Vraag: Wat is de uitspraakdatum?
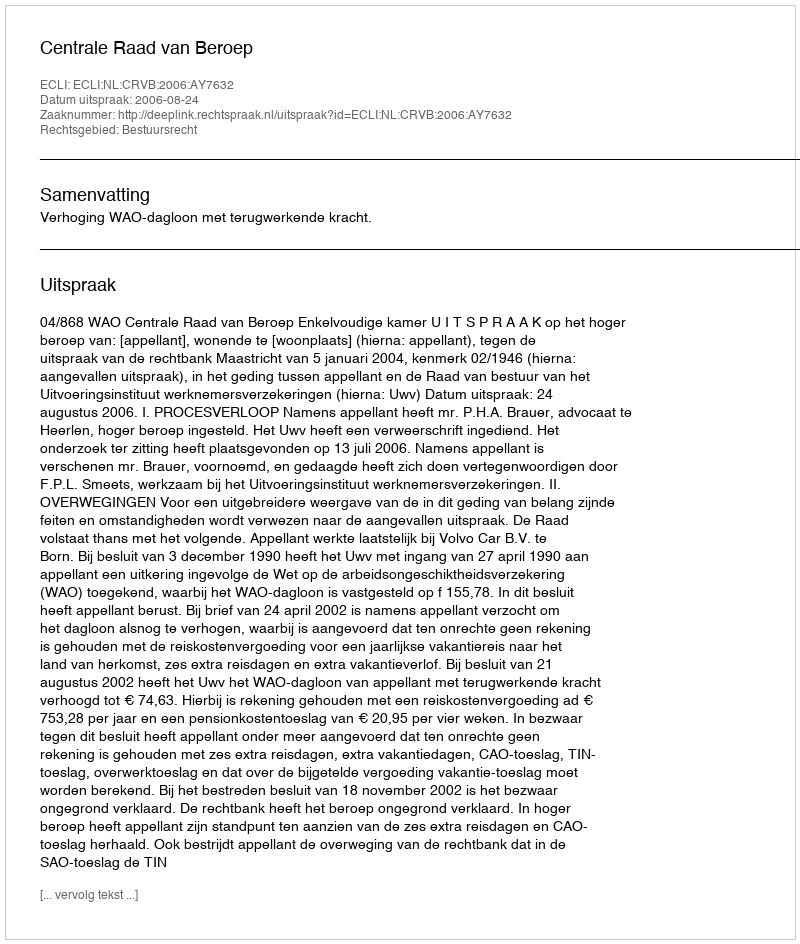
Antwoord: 2006-08-24